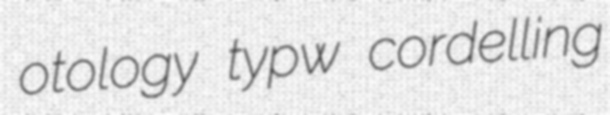
otology typw cordelling